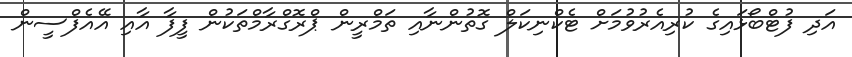
އަދި ފުޓްބޯޅައިގެ ކުރިއެރުވުމަށް ޓެކްނިކަލް ގޮތުންނާއި ތަމްރީން ޕްރޮގްރާމްތަކުން ފީފާ އާއި އޭއެފްސީން